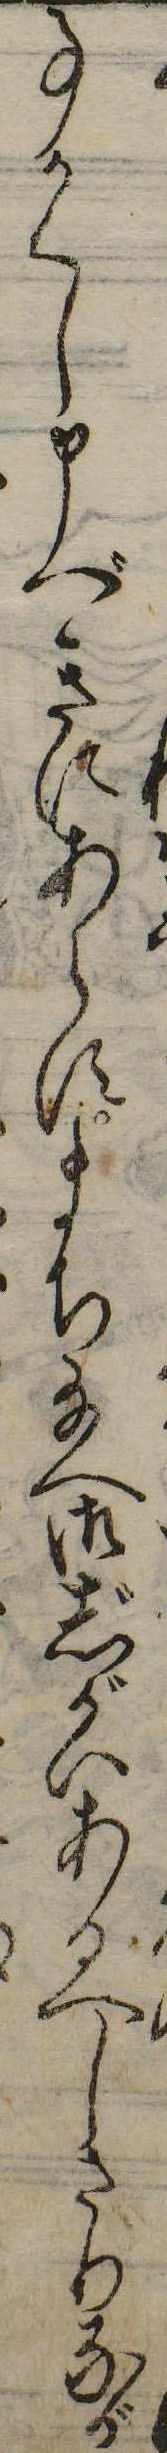
事かくし申べきにあらすまち給へ御じがいあるべしさりなが